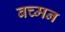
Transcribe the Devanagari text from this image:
बच्मन